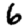
Digit: 6